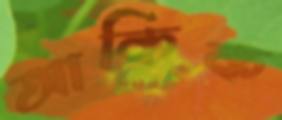
আকিক